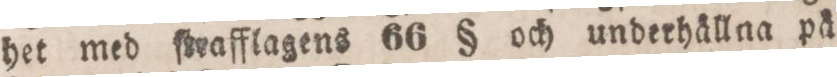
het med ſtrafflagens 66 § och underhällna på